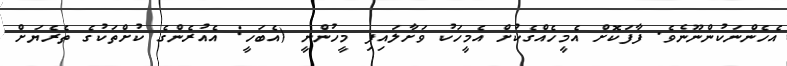
އެހެންނަކުންނޫނެވެ. ފާފަކޮށް އެމީހެއްގެކުށް އެމީހަކު ވަށާލައިފި މީހުންނީ (އެބަހީ: އެއުރެންގެ ކުށްތަކުގެ ތެރެޔަށް